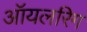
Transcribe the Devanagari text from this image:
ऑयलरिग